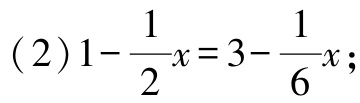
\((2)1 - \frac{1}{2}x = 3 - \frac{1}{6}x;\)